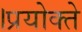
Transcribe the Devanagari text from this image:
।प्रयोक्ते